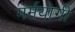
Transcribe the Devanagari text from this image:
मर्मयोगी